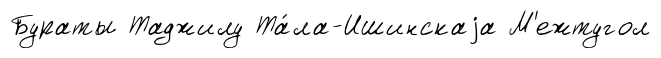
Бураты Таджилу Та́ла-Ишинскаjа М'ежтугол